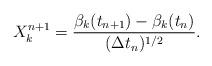
LaTeX: \begin{align*}X^{n+1}_k=\frac{\beta_k(t_{n+1})-\beta_k(t_n)}{(\Delta t_n)^{1/2}}.\end{align*}